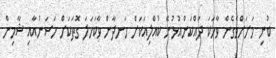
ބުނި މަށަށްވެގެން ވާހަކަ ދައްކަންއުޅުނޭ ކުއްލިއަކަށް ހަނދާން ވާކަހަލަ ގޮތަކަށް ހަސަނުއާއި ޝާމިން